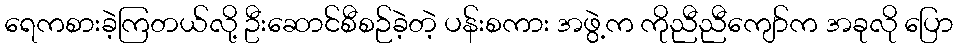
ရေကစားခဲ့ကြတယ်လို့ ဦးဆောင်စီစဉ်ခဲ့တဲ့ ပန်းစကား အဖွဲ့က ကိုညီညီကျော်က အခုလို ပြော